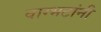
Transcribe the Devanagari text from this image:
वाग्भटांनी